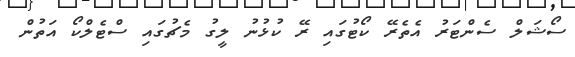
ސޯޝަލް ސެންޓަރު އެތެރޭ ކޯޓުގައި ރޭ ކުޅުނު ލީގު މެޗުގައި ސްޓެލްކޯ އަތުން